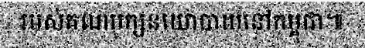
របស់គណបក្សនយោបាយនៅកម្ពុជា៕